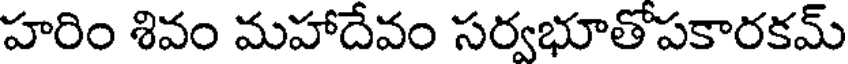
హరిం శివం మహాదేవం సర్వభూతోపకారకమ్